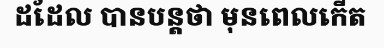
ដដែល បានបន្តថា មុនពេលកើត